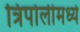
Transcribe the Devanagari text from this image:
त्रिपोलीमध्ये